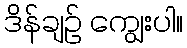
ဒိန်ချဉ် ကျွေးပါ။